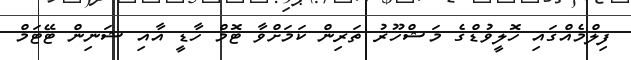
ފިލްމެއްގައި ހޮލީވުޑްގެ މަޝްހޫރު ތަރިން ކަމަށްވާ ޓޮމް ހާޑީ އާއި ޝަނިން ޓޭޓަމް